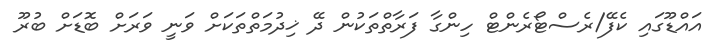
އައްޑޫގައި ކެފޭ/ރެސްޓޯރެންޓް ހިންގާ ފަރާތްތަކުން ދޭ ޚިދުމަތްތަކަށް ވަނީ ވަރަށް ބޮޑަށް ބުރޫ